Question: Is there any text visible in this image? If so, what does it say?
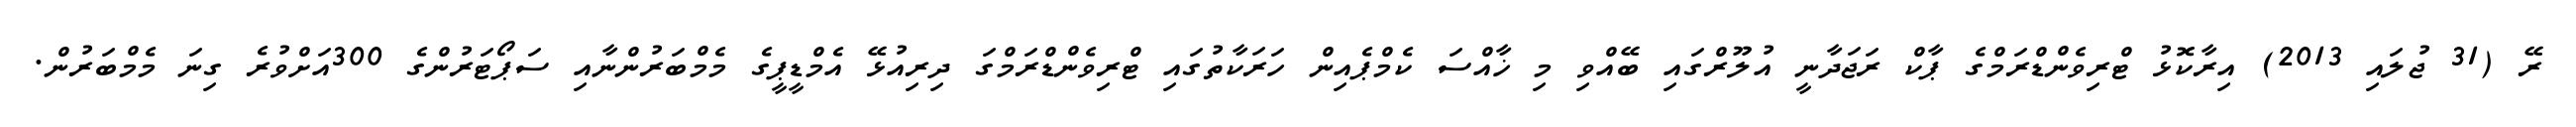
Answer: ރޭ (31 ޖުލައި 2013) އިރާކޮޅު ޓްރިވެންޑްރަމްގެ ޕާކް ރަޖަދާނީ އުލޫރްގައި ބޭއްވި މި ޚާއްސަ ކެމްޕެއިން ހަރަކާތުގައި ޓްރިވެންޑްރަމްގަ ދިރިއުޅޭ އެމްޑީޕީގެ މެމްބަރުންނާއި ސަޕޯޓަރުންގެ 300އަށްވުރެ ގިނަ މެމްބަރުން.